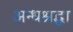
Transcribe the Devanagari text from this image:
अन्धश्रद्धा